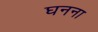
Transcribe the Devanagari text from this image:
घनना